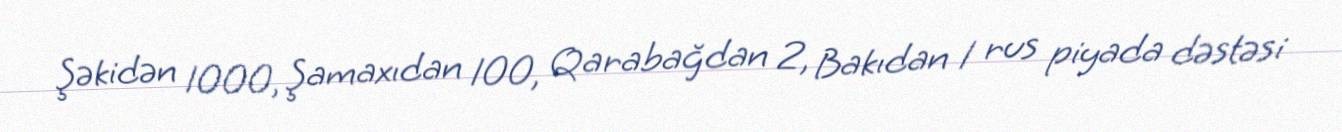
Şəkidən 1000, Şamaxıdan 100, Qarabağdan 2, Bakıdan 1 rus piyada dəstəsi